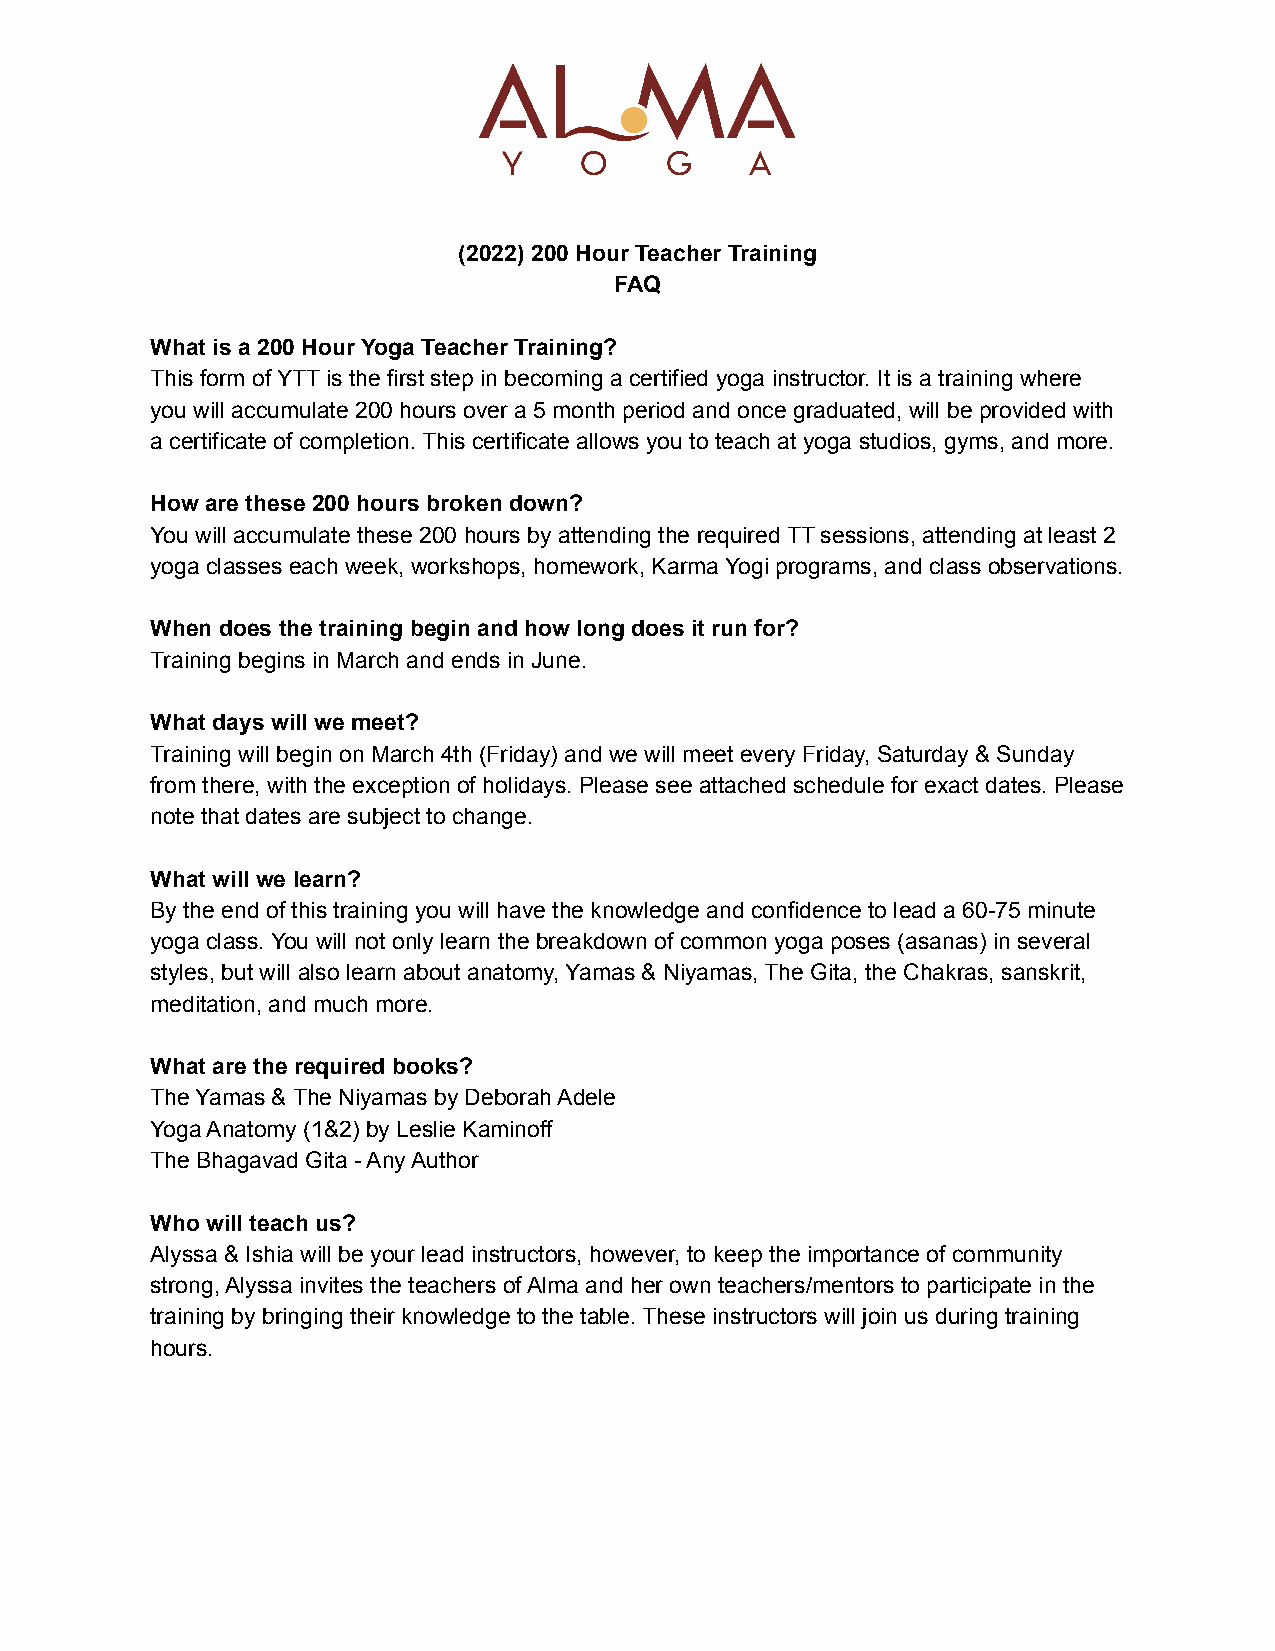
(2022) 200 Hour Teacher Training
 FAQ
 What is a 200 Hour Yoga Teacher Training?
 This form of YTT is the first step in becoming a certified yoga instructor. It is a training where
 you will accumulate 200 hours over a 5 month period and once graduated, will be provided with
 a certificate of completion. This certificate allows you to teach at yoga studios, gyms, and more.
 How are these 200 hours broken down?
 You will accumulate these 200 hours by attending the required TT sessions, attending at least 2
 yoga classes each week, workshops, homework, Karma Yogi programs, and class observations.
 When does the training begin and how long does it run for?
 Training begins in March and ends in June.
 What days will we meet?
 Training will begin on March 4th (Friday) and we will meet every Friday, Saturday & Sunday
 from there, with the exception of holidays. Please see attached schedule for exact dates. Please
 note that dates are subject to change.
 What will we learn?
 By the end of this training you will have the knowledge and confidence to lead a 60-75 minute
 yoga class. You will not only learn the breakdown of common yoga poses (asanas) in several
 styles, but will also learn about anatomy, Yamas & Niyamas, The Gita, the Chakras, sanskrit,
 meditation, and much more.
 What are the required books?
 The Yamas & The Niyamas by Deborah Adele
 Yoga Anatomy (1&2) by Leslie Kaminoff
 The Bhagavad Gita - Any Author
 Who will teach us?
 Alyssa & Ishia will be your lead instructors, however, to keep the importance of community
 strong, Alyssa invites the teachers of Alma and her own teachers/mentors to participate in the
 training by bringing their knowledge to the table. These instructors will join us during training
 hours.